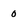
Character: 0